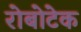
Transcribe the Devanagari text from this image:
रोबोटेक